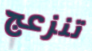
تنزعج